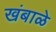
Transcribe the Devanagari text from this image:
खंबाळे